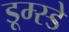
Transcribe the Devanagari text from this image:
डूम्स्डे